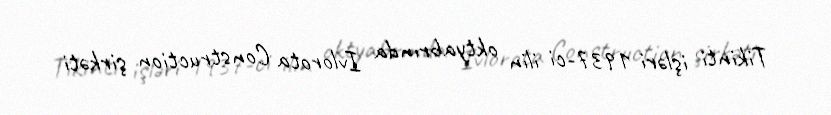
Tikinti işləri 1937-ci ilin oktyabrında Ivlorota Construction şirkəti